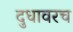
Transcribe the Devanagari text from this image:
दुधावरच